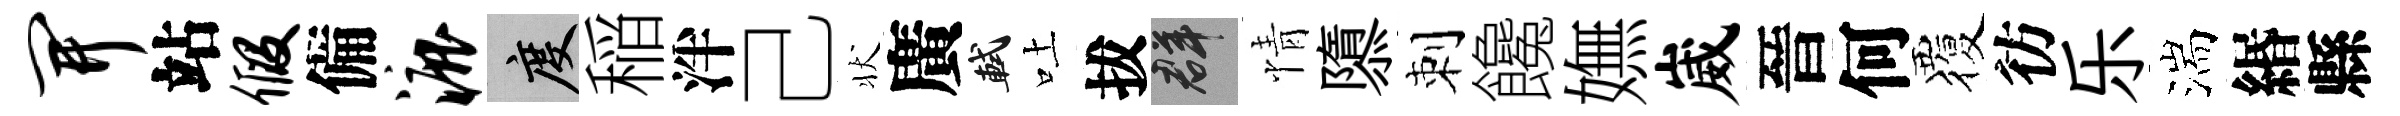
开站假備漉度稲泮己状廣軾吐拔群情隳刺饞嫵崴晉何覆彷乐湍緡縣